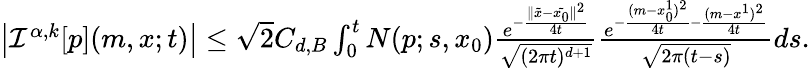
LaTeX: \begin{array}{r}{\left|{\mathcal I}^{\alpha,k}[p](m,x;t)\right|\leq\sqrt{2}C_{d,B}\int_{0}^{t}N(p;s,x_{0})\frac{e^{-\frac{\| \tilde{x}-\tilde{x_{0}}\| ^{2}}{4t}}}{\sqrt{(2\pi t)^{d+1}}}\frac{e^{-\frac{(m-x_{0}^{1})^{2}}{4t}-\frac{(m-x^{1})^{2}}{4t}}}{\sqrt{2\pi{(t-s)}}}ds.}\end{array}